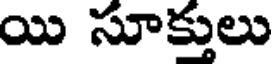
యి సూక్తులు